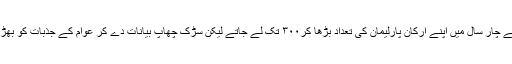
امیت شاہ اگر حقیقی معنی ٰمیں کل یگ کے چانکیہ ہوتے تو ساڑھے چار سال میں اپنے ارکان پارلیمان کی تعداد بڑھا کر۳۰۰ تک لے جاتے لیکن سڑک چھاپ بیانات دے کر عوام کے جذبات کو بھڑکانے اور ٹھوس کام کر کےلوگوں کا دل جیتنے میں بڑا فرق ہے۔